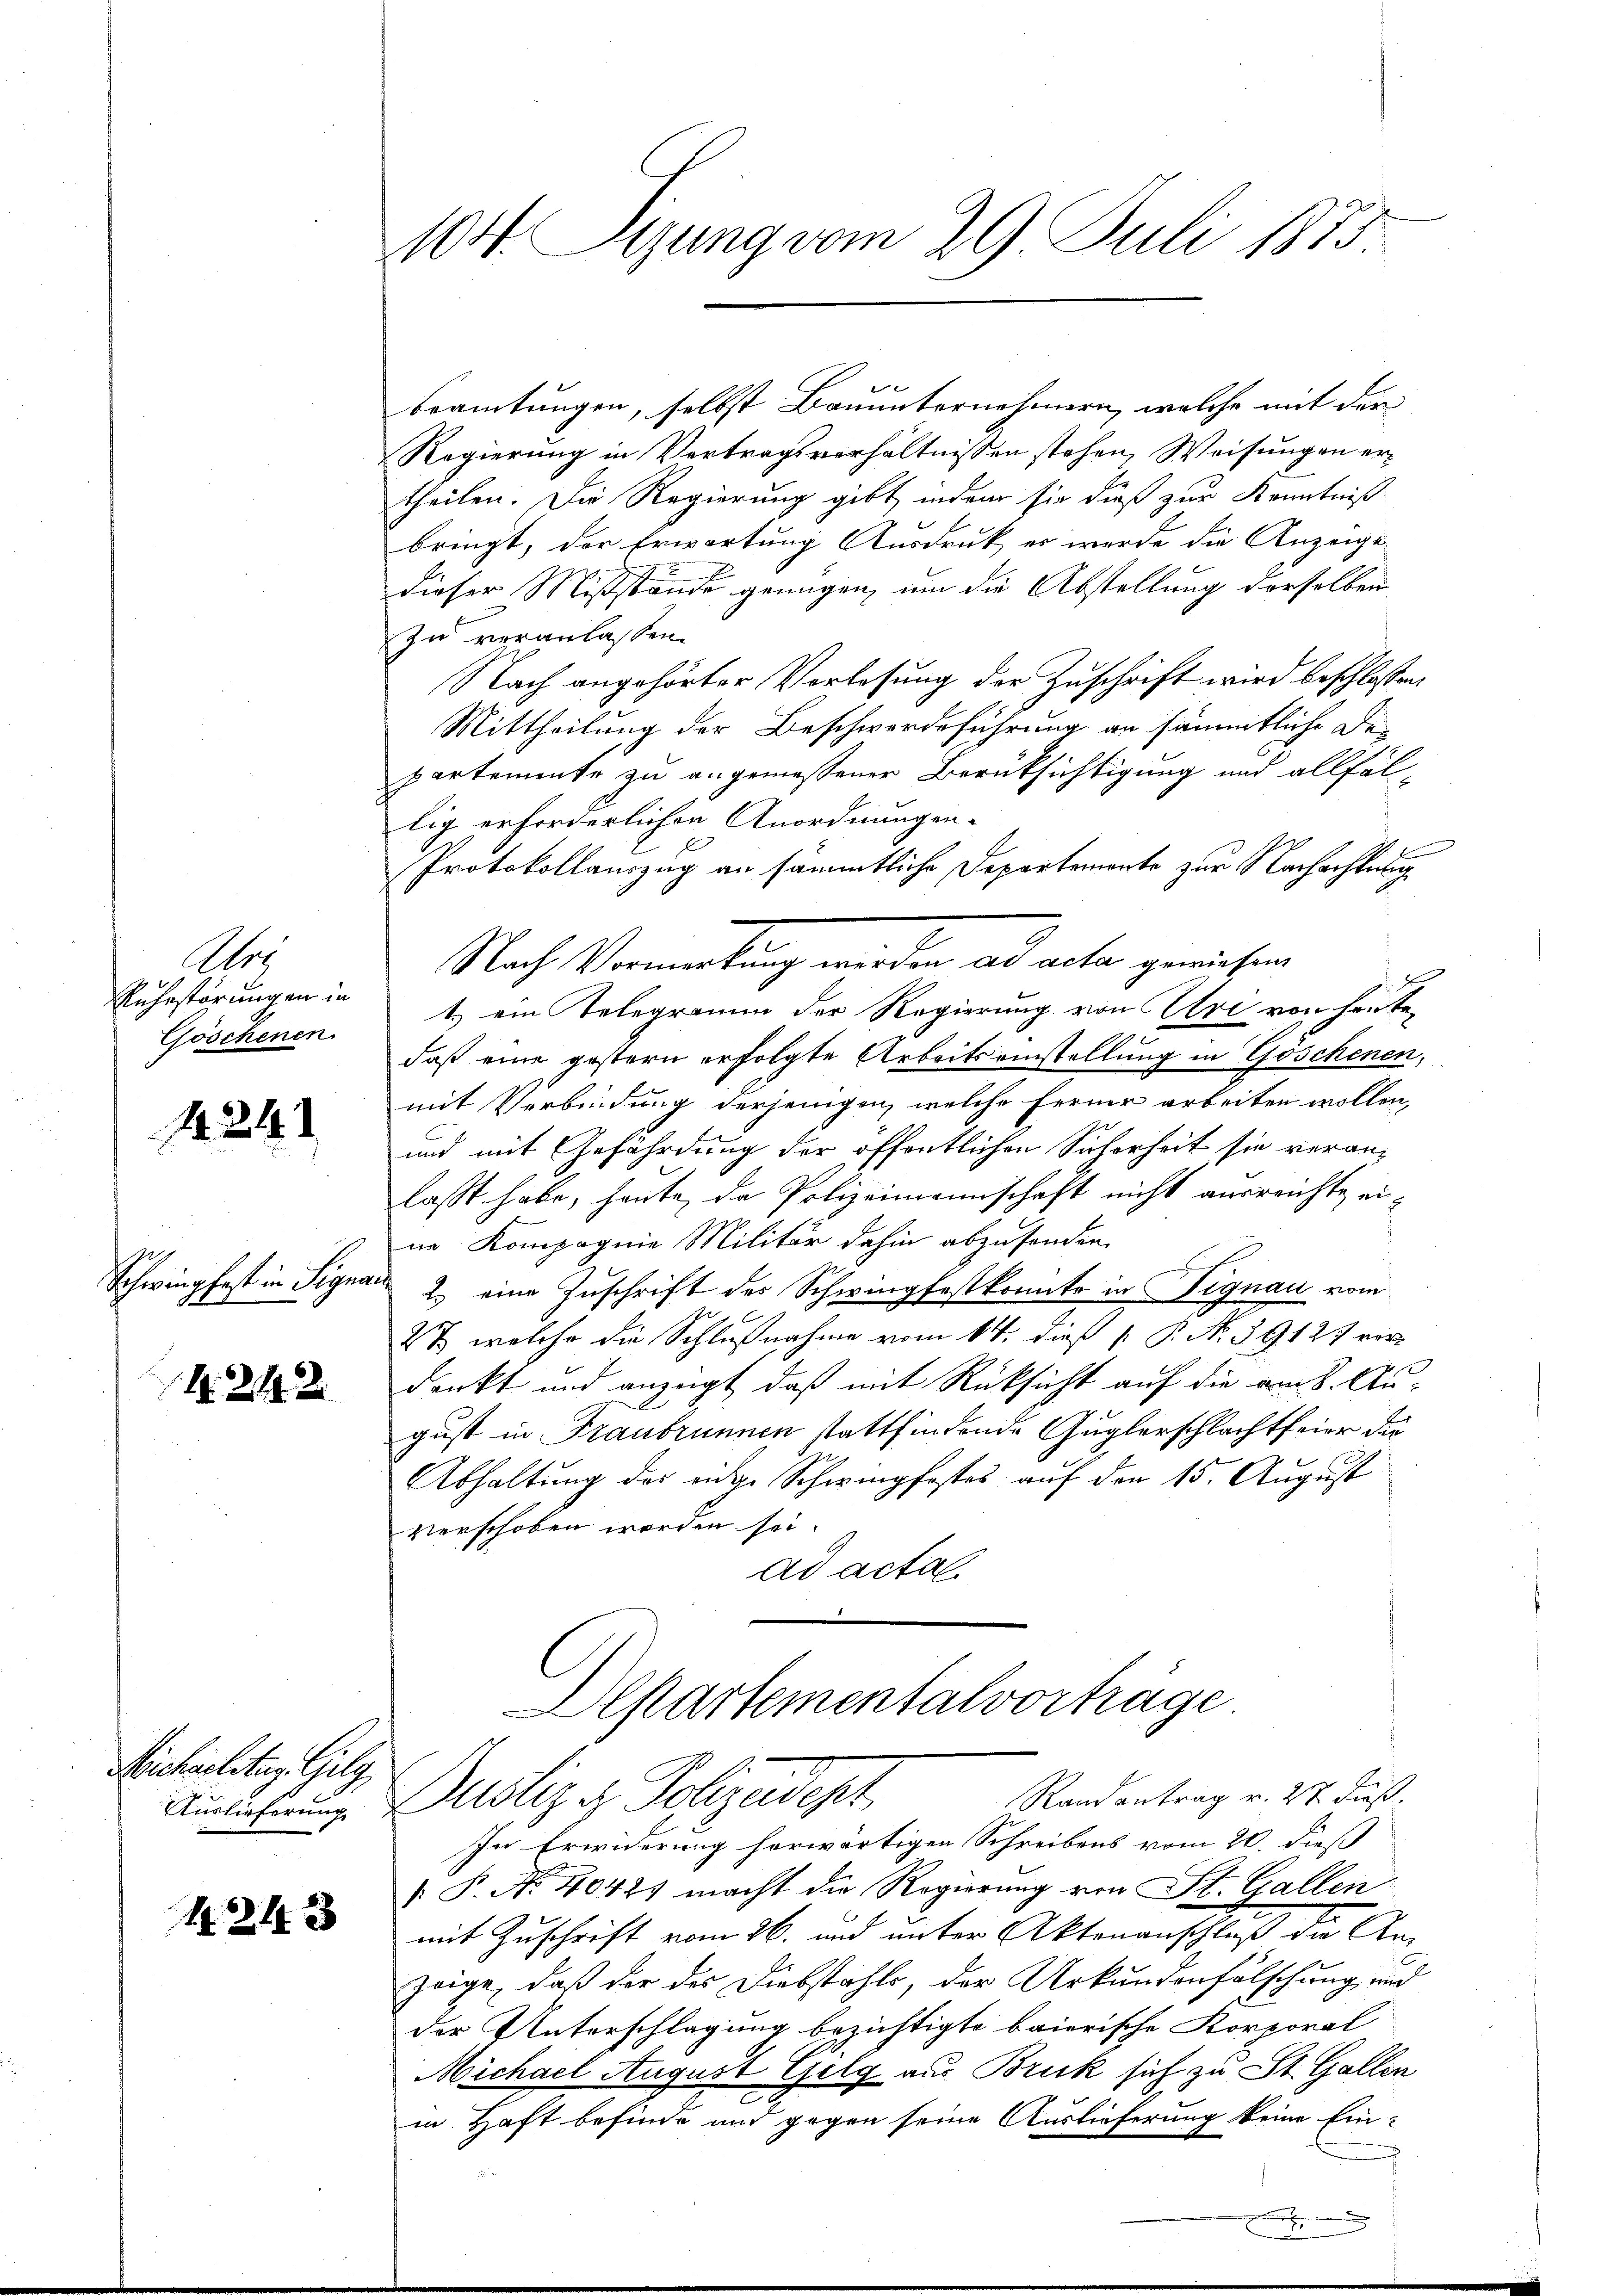
1
Ruhestörungen in
Göschenen.

1424.

Schwingpfast in Signa

1. 219. 2

Michaelitig. Gilg
Auslieferung

1243

100. Sizung vom 29. Juli 1875.

beamtungen, selbst Bauunternehmern, welche mit der
Regierung in Vertragsverhältnissen stehen, Weisungen ertheilen. Die Regierung gibt, indem sie dieß zur Kenntniß
bringt, der Erwortung Ausdruck, es werde die Anzeige
dieser Mißstände genügen, um die Abstellung derselben
zu veranlassen.
Nach angehörter Vorlesung der Zuschrift wird beschlossen,
Mittheilung der Beschwerdeführung an sämmtliche Departemente zu angemessener Berüksichtigung und allfällig erforderlichen Anordnungen.
Protokollauszug an sämmtliche Departemento zur Nachachtung
Nach Vermutung werden ad acta gewiesen

1.) ein Telegramm der Regierung von Uri von heutedaß eine gestern erfolgte Arbeitseinstellung in Göschenen,
mit Verbindung derjenigen, welche Ferner arbeiten wollen,
und mit Gefährdung der öffentlichen Sicherheit sie veranlasst habe, heute, da Polizeimannschaft nicht ausreichte eine Kompagnie Militär dahin abzusonden.
d
2.) eine Zuschrift der Schwingfestkonnte in Signau vom
C
2t, welche die Schlußnahme vom 14. dieß P. P. Nr. 39127 vor
denkt und anzeigt, daß mit Rücksicht auf die am 8. August in Traubrunnen stattfindende Guglerschlachtfeier die
Abhaltung des eidge Schwingfostes auf den 15. August
verschoben worden sei.
ad acta
Aepartementalvorträge
Randantrag v. 27 Fuß.
Dustiz & Polizeidept
In Erwiderung herwärtigen Schreibens vom 20. dieß
 P No 40421 macht die Regierung von St. Gallen
mit Zuschrift vom 26. und unter Aktenanschluß die Anzeige, daß der des Diebstahls, der Urkundenfälschung und
der Unterschlagung bezichtigte baierische Korporal
Michael August Gelg aus Bruck sich zu St. Gallen
in Haft befinde und gegen seine Auslieferung keine Ein-
E